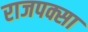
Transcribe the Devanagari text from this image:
राजपक्सा